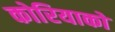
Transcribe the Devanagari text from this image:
कोरियाको